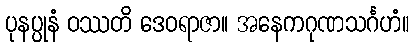
ပုနပ္ပုနံ ဝဿတိ ဒေဝရာဇာ။ အနေကဂုဏသင်္ဂဟံ။